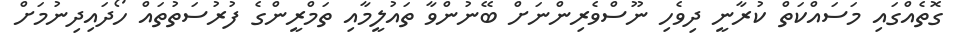
ގޮތެއްގައި މަސައްކަތް ކުރާނީ ދިވެހި ނޫސްވެރިންނަށް ބޭނުންވާ ތައުލީމާއި ތަމްރީންގެ ފުރުސަތުތައް ހޯދައިދިނުމަށް